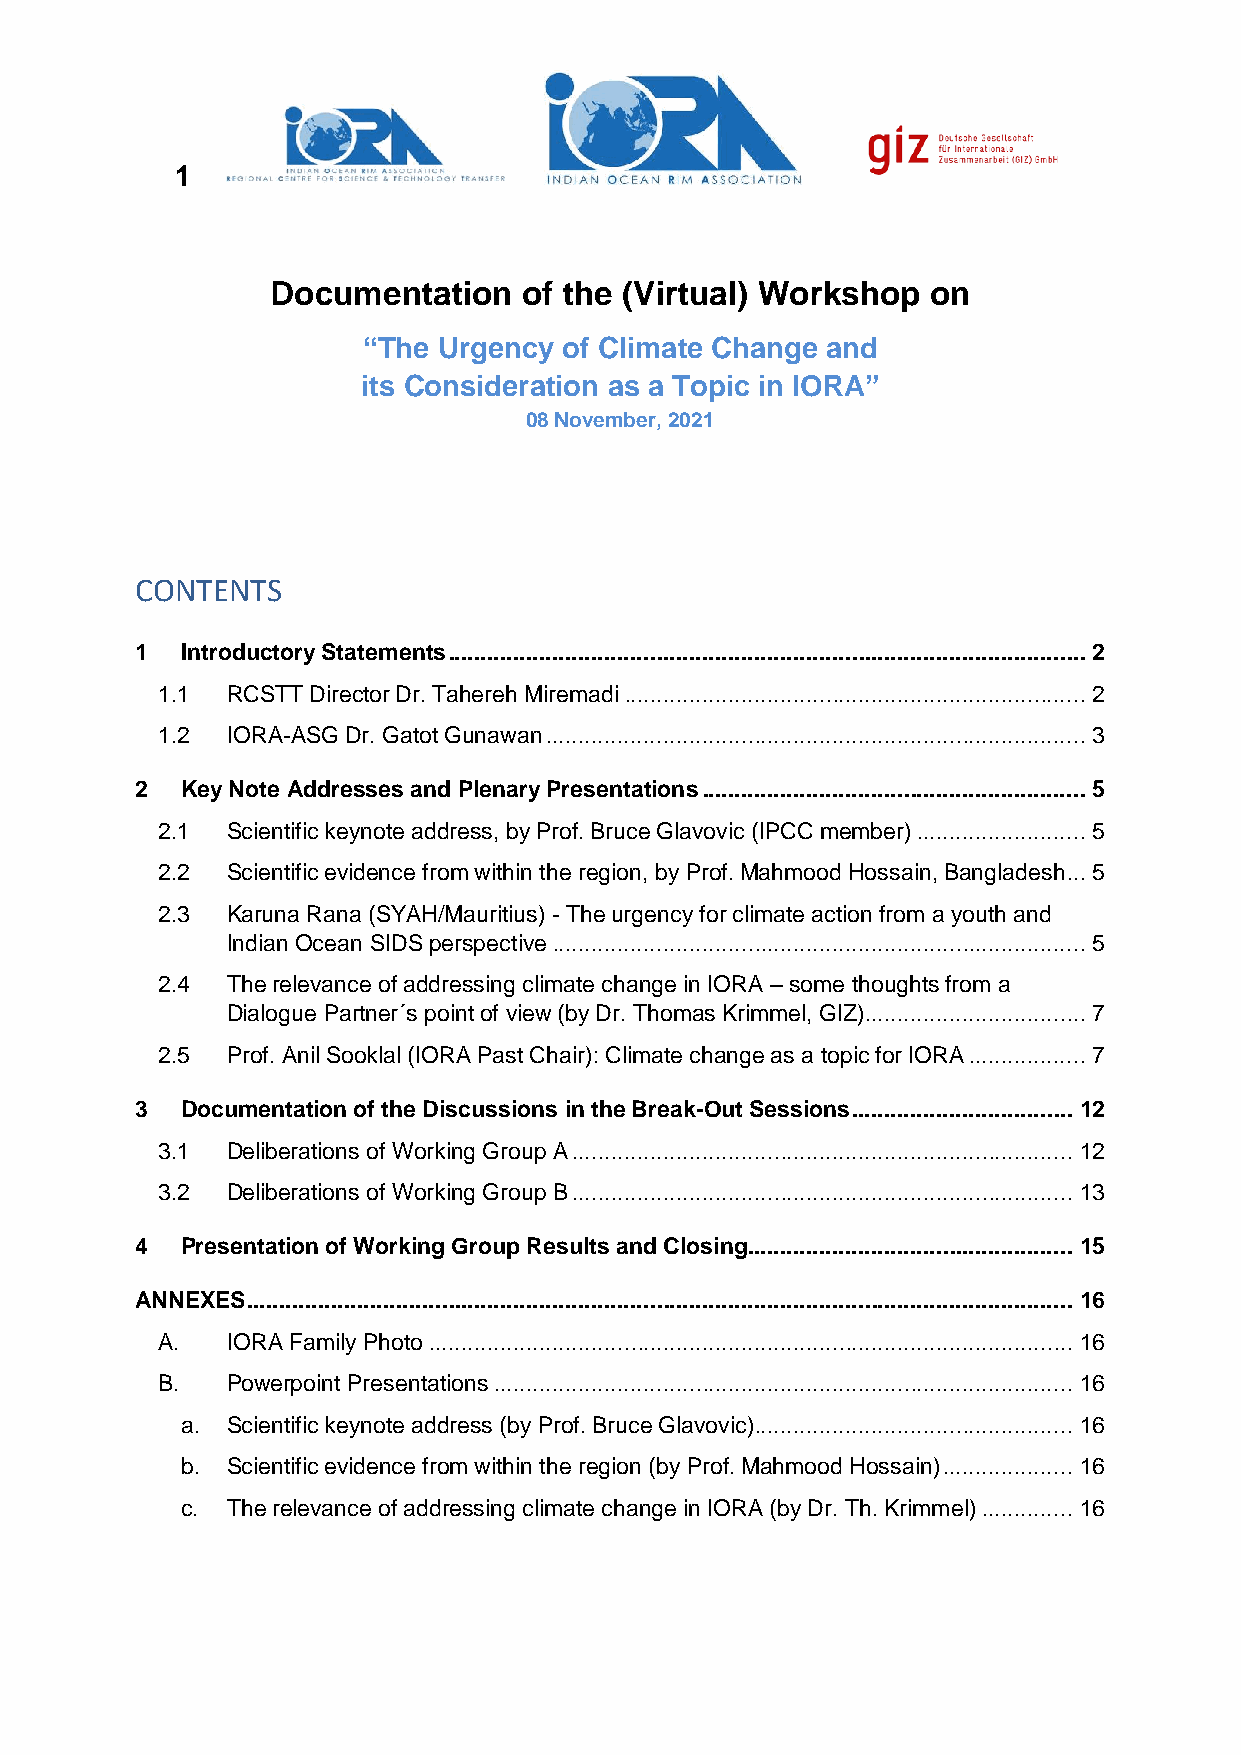
1
 Documentation    of the (Virtual) Workshop  on
 “The Urgency of Climate Change and
 its Consideration as a Topic in IORA”
 08 November, 2021
 CONTENTS
 1  Introductory Statements .................................................................................................. 2
 1.1  RCSTT Director Dr. Tahereh Miremadi ....................................................................... 2
 1.2  IORA-ASG Dr. Gatot Gunawan ................................................................................... 3
 2  Key Note Addresses and Plenary Presentations ........................................................... 5
 2.1  Scientific keynote address, by Prof. Bruce Glavovic (IPCC member) .......................... 5
 2.2  Scientific evidence from within the region, by Prof. Mahmood Hossain, Bangladesh ... 5
 2.3  Karuna Rana (SYAH/Mauritius) - The urgency for climate action from a youth and
 Indian Ocean SIDS perspective .................................................................................. 5
 2.4  The relevance of addressing climate change in IORA – some thoughts from a
 Dialogue Partner´s point of view (by Dr. Thomas Krimmel, GIZ).................................. 7
 2.5  Prof. Anil Sooklal (IORA Past Chair): Climate change as a topic for IORA .................. 7
 3  Documentation of the Discussions in the Break-Out Sessions .................................. 12
 3.1  Deliberations of Working Group A ............................................................................. 12
 3.2  Deliberations of Working Group B ............................................................................. 13
 4  Presentation of Working Group Results and Closing .................................................. 15
 ANNEXES ............................................................................................................................... 16
 A.   IORA Family Photo ................................................................................................... 16
 B.   Powerpoint Presentations ......................................................................................... 16
 a. Scientific keynote address (by Prof. Bruce Glavovic)................................................. 16
 b. Scientific evidence from within the region (by Prof. Mahmood Hossain) .................... 16
 c. The relevance of addressing climate change in IORA (by Dr. Th. Krimmel) .............. 16